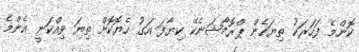
ކޮންމެ ފަހަރަކު ތިޔަހެން ޕްރޮމޯޝަނެކޭ ކިޔާފަ އަގު ހެޔޮކޮށް ތިޔަ ވިއްކަނީ އެންމެ